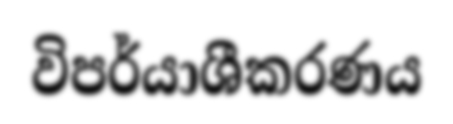
විපර්යාශීකරණය